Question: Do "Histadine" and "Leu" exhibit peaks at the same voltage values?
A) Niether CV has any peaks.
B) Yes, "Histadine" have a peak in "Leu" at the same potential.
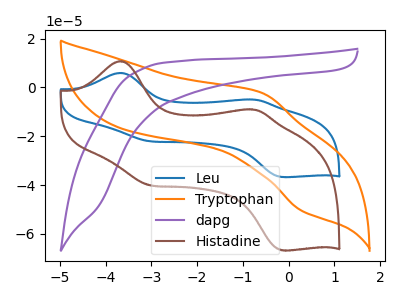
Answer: <think>The blue curve "Leu" has anodic peaks at (-3.70V, 5.90uA) (-0.75V, -5.00uA) and cathodic peaks at (-3.05V, -22.05uA) (-0.10V, -36.75uA). The orange curve "Tryptophan" has an anodic peak at (-0.60V, -2.25uA) and a cathodic peak at (0.30V, -50.50uA). The purple curve "dapg" has no peaks. The brown curve "Histadine" has anodic peaks at (-3.70V, 10.70uA) (-0.75V, -9.10uA) and cathodic peaks at (-3.05V, -40.10uA) (-0.10V, -66.80uA).</think>
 <answer>B) Yes, "Histadine" have a peak in "Leu" at the same potential.</answer>
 <eval>B</eval>